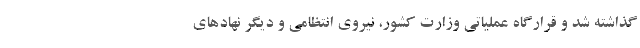
گذاشته شد و قرارگاه عملیاتی وزارت کشور، نیروی انتظامی و دیگر نهادهای